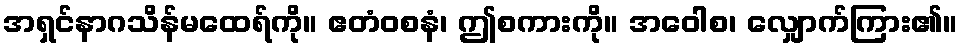
အရှင်နာဂသိန်မထေရ်ကို။ ဧတံဝစနံ၊ ဤစကားကို။ အဝေါစ၊ လျှောက်ကြား၏။